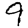
Digit: 9